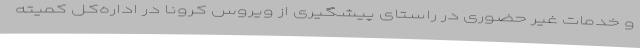
و خدمات غیر حضوری در راستای پیشگیری از ویروس کرونا در اداره‌کل کمیته